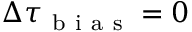
\Delta \tau _ { \mathrm { ~ b ~ i ~ a ~ s ~ } } = 0